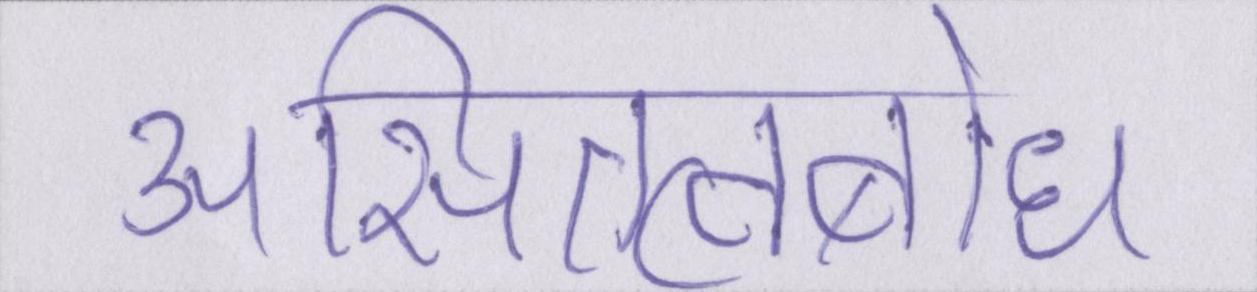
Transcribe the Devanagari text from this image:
असितत्वबोध